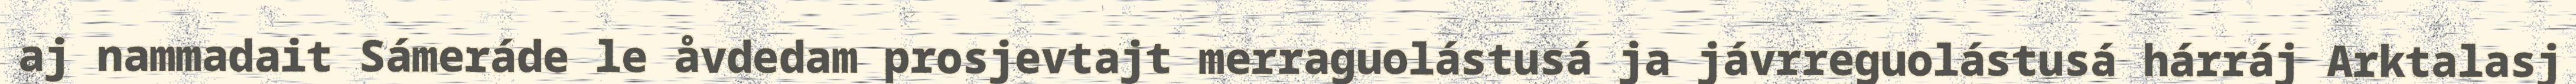
aj nammadait Sámeráde le åvdedam prosjevtajt merraguolástusá ja jávrreguolástusá hárráj Arktalasj